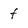
Character: f